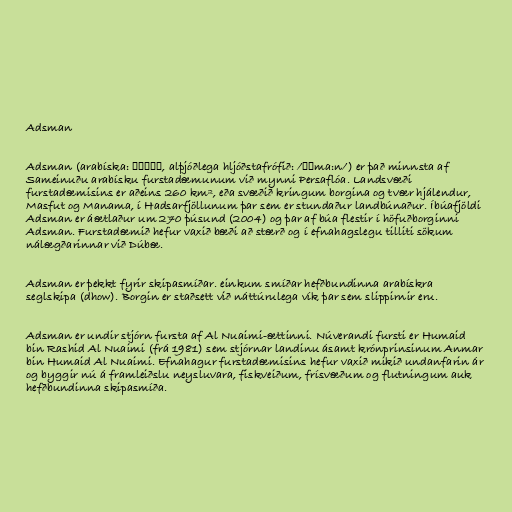
Adsman

Adsman (arabíska: عجمان, alþjóðlega hljóðstafrófið: /ʕʤma:n/) er það minnsta af
Sameinuðu arabísku furstadæmunum við mynni Persaflóa. Landsvæði
furstadæmisins er aðeins 260 km², eða svæðið kringum borgina og tvær hjálendur,
Masfut og Manama, í Hadsarfjöllunum þar sem er stundaður landbúnaður. Íbúafjöldi
Adsman er áætlaður um 270 þúsund (2004) og þar af búa flestir í höfuðborginni
Adsman. Furstadæmið hefur vaxið bæði að stærð og í efnahagslegu tilliti sökum
nálægðarinnar við Dúbæ.

Adsman er þekkt fyrir skipasmíðar. einkum smíðar hefðbundinna arabískra
seglskipa (dhow). Borgin er staðsett við náttúrulega vík þar sem slippirnir eru.

Adsman er undir stjórn fursta af Al Nuaimi-ættinni. Núverandi fursti er Humaid
bin Rashid Al Nuaimi (frá 1981) sem stjórnar landinu ásamt krónprinsinum Anmar
bin Humaid Al Nuaimi. Efnahagur furstadæmisins hefur vaxið mikið undanfarin ár
og byggir nú á framleiðslu neysluvara, fiskveiðum, frísvæðum og flutningum auk
hefðbundinna skipasmíða.